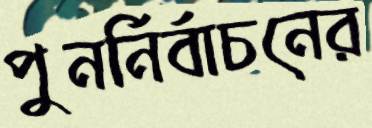
পুনর্নির্বাচনের